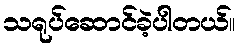
သရုပ်ဆောင်ခဲ့ပါတယ်။